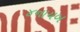
૪નાયબ